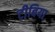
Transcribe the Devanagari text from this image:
टीबिया